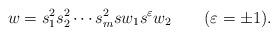
LaTeX: \begin{align*}w=s^2_1 s^2_2 \cdots s^2_m s w_1 s^\varepsilon w_2\qquad(\varepsilon=\pm 1). \end{align*}